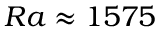
{ R a \approx 1 5 7 5 }